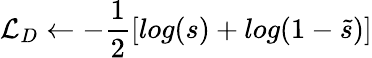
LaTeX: \mathcal{L}_{D}\gets-\frac{1}{2}[log(s)+log(1-\tilde{s})]